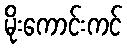
မိုးကောင်းကင်